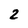
Character: 2